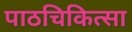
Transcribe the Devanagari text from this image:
पाठचिकित्सा